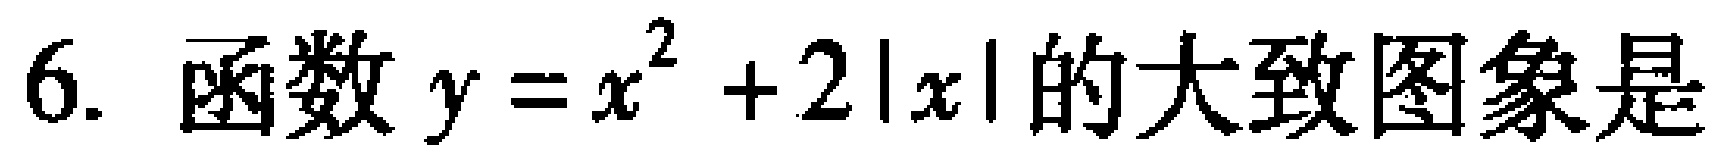
6. 函数\(y = x^{2}+2|x|\)的大致图象是